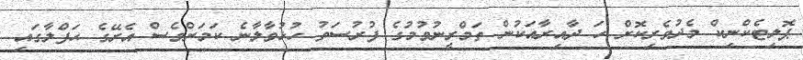
ޕޮލިޓެކްނިކް މެދުވެރިކޮށް ހަ ދާއިރާއަކުން ތަމްރީނުވުމުގެ ފުރުސަތު ހުޅުވާލާނެ ކަމަށްވެސް އެރޭގެ ޙަފްލާގައި